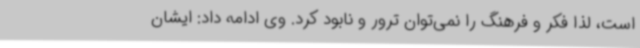
است، لذا فکر و فرهنگ را نمی‌توان ترور و نابود کرد. وی ادامه داد: ایشان